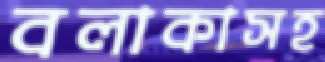
বলাকাসহ